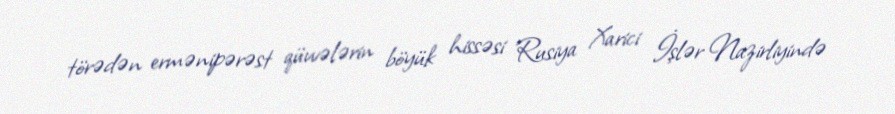
törədən ermənipərəst qüvvələrin böyük hissəsi Rusiya Xarici İşlər Nazirliyində